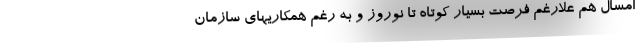
امسال هم علارغم فرصت بسيار كوتاه تا نوروز و به رغم همكاريهاي سازمان